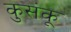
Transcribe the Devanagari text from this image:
कुसंकू